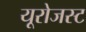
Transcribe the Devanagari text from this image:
यूरोजस्ट